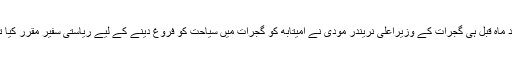
چند ماہ قبل ہی گجرات کے وزیراعلیٰ نریندر مودی نے امیتابھ کو گجرات میں سیاحت کو فروغ دینے کے لیے ریاستی سفیر مقرر کیا تھا۔